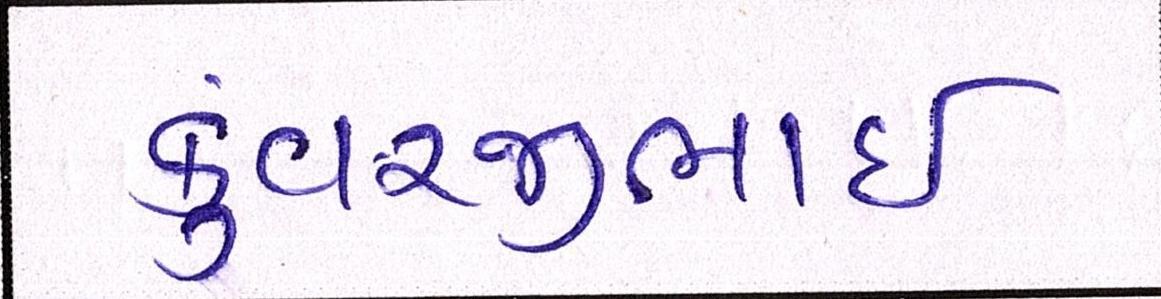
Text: કુંવરજીભાઈ